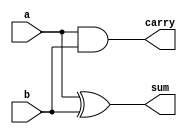
module half_add (output reg sum, carry, input a,b);
 always@(a,b)
begin
 sum = a^b;
 carry = a&b;
end
endmodule